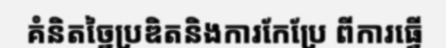
គំនិតច្នៃប្រឌិតនិងការកែប្រែ ពីការធ្វើ